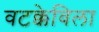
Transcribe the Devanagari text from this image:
वटक्केविला